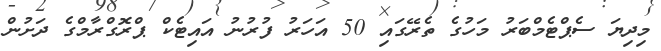
މިދިޔަ ސެޕްޓެމްބަރު މަހުގެ ތެރޭގައި 50 އަހަރު ފުރުނު އައިޓެކް ޕްރޮގްރާާމްގެ ދަށުން